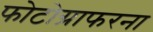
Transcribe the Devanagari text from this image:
फोटोग्राफरना